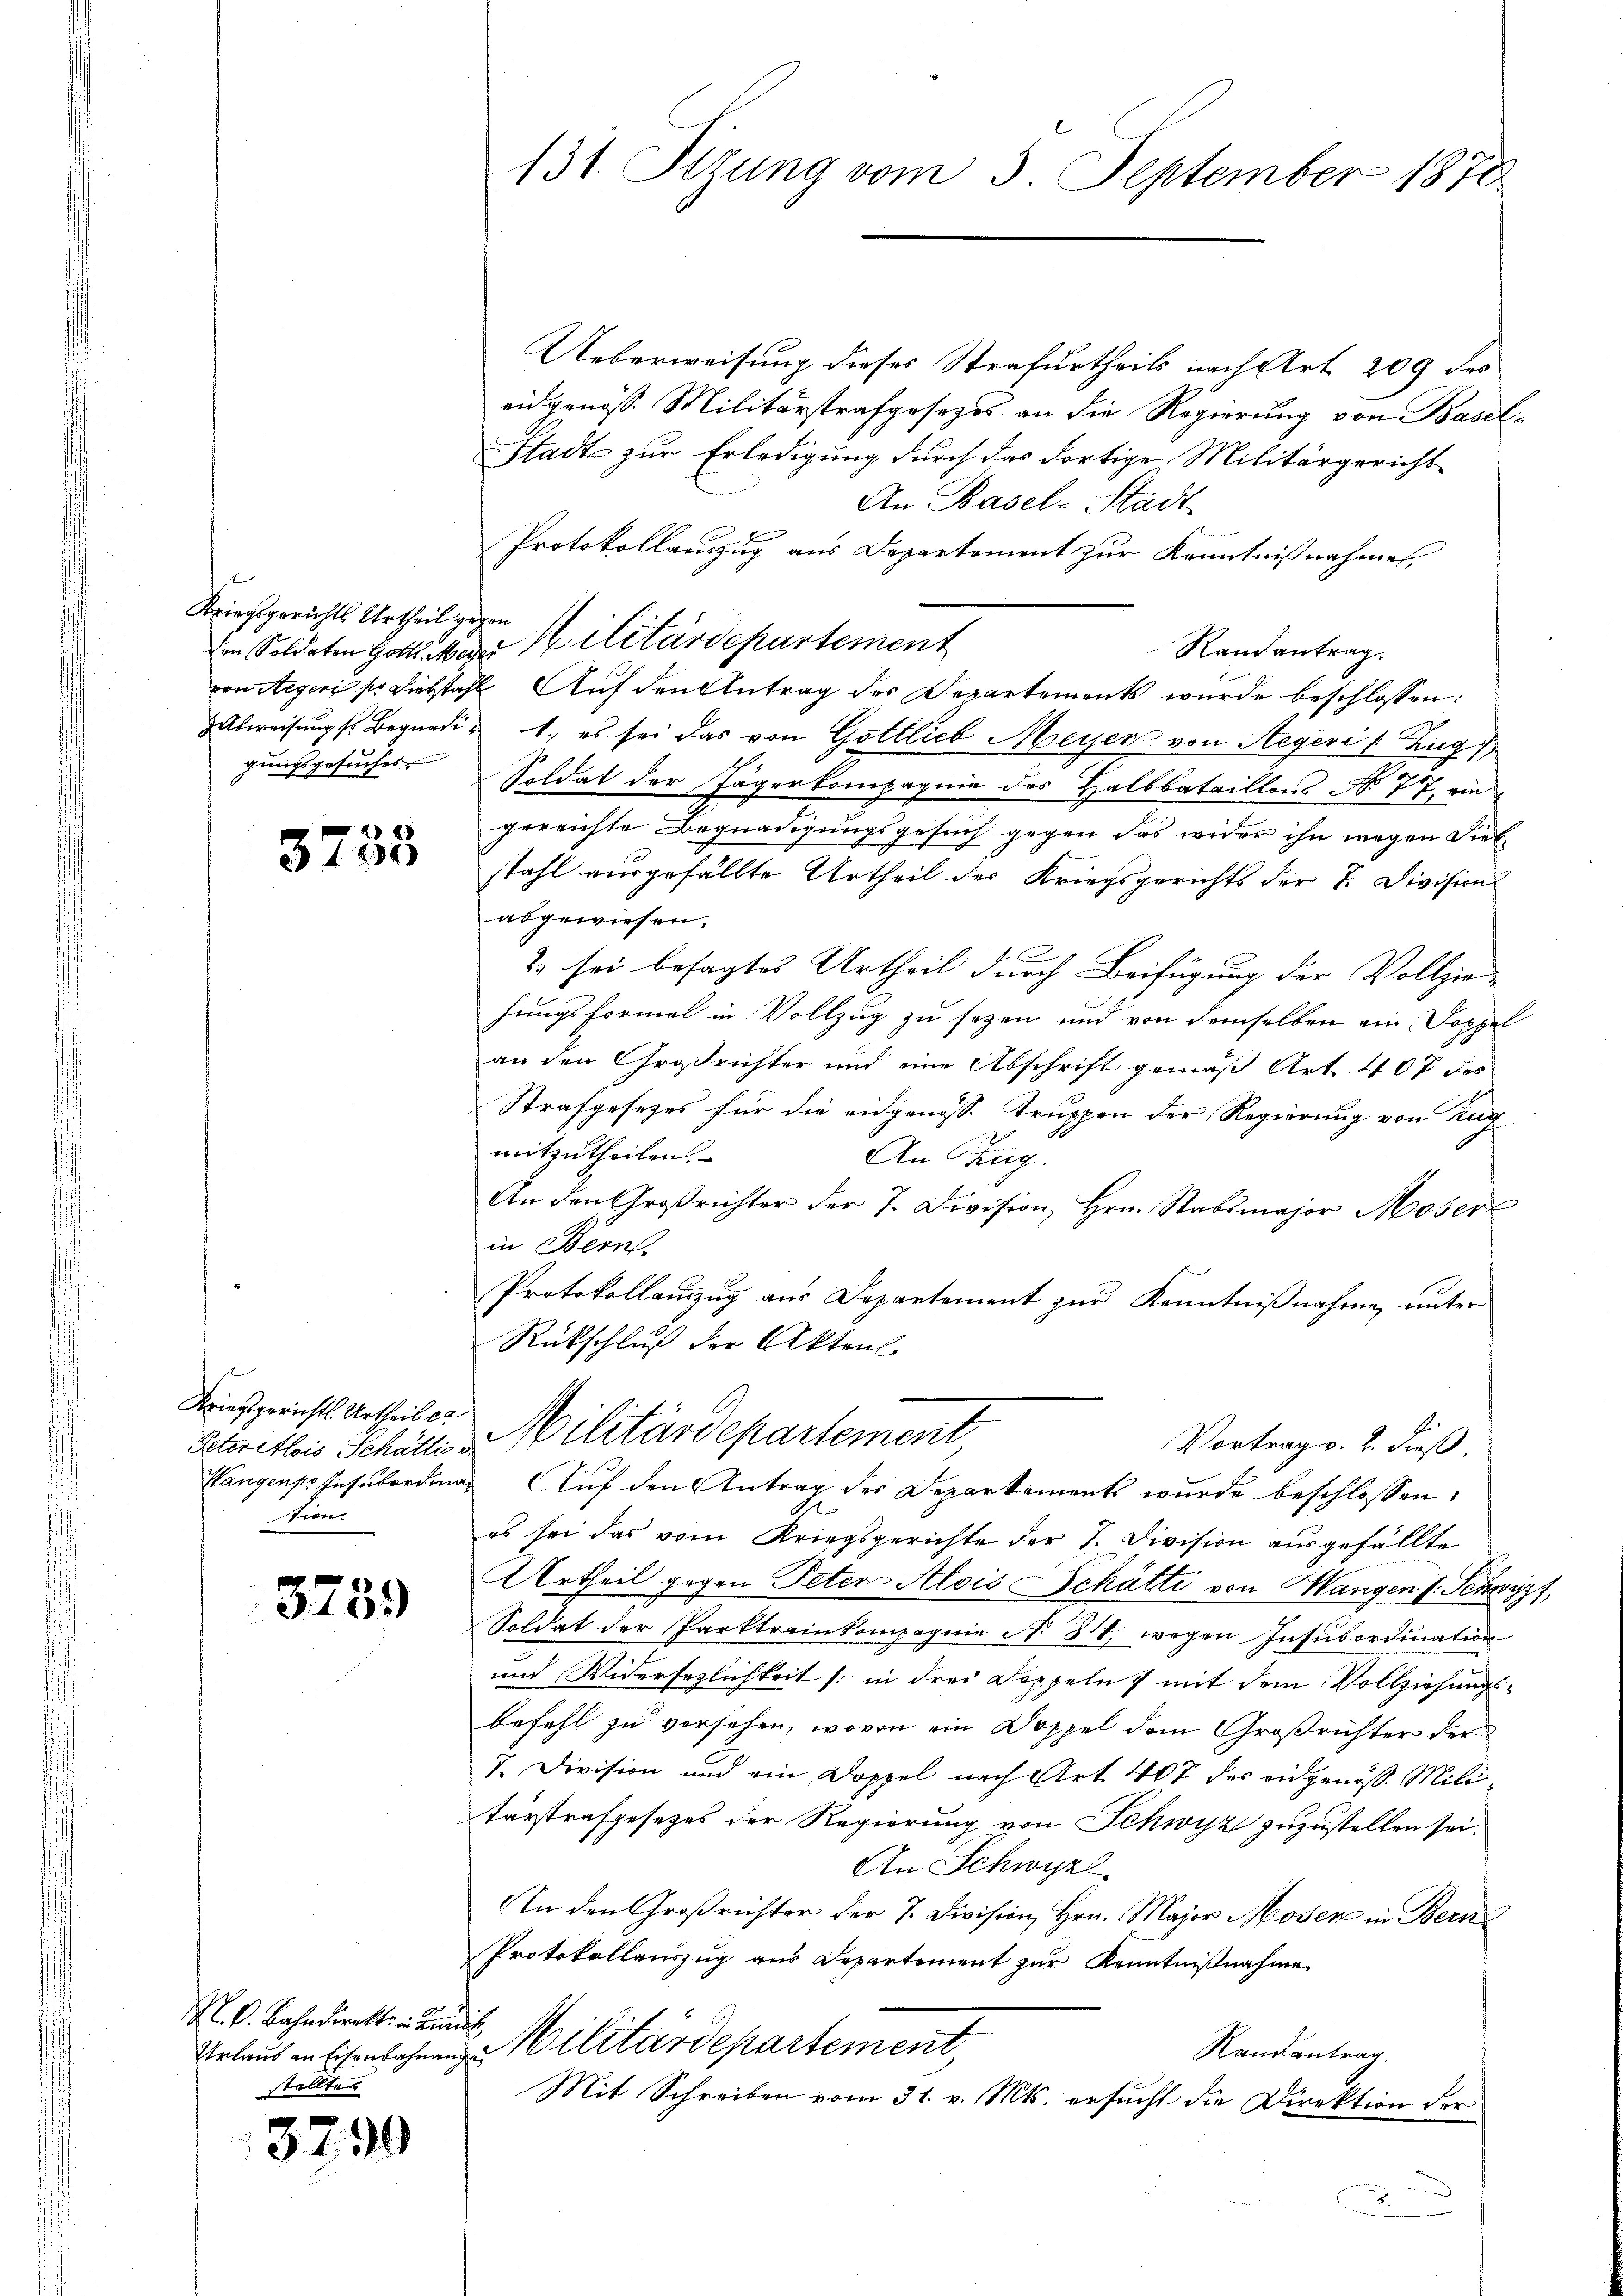
Kriegsgerichts Urtheil gegen
gungsgesuches

3759

32

3733

Peteritois Schattier
tion.

M. C. Bahndirekt in Kindet,
Urlaub an Eisenbahnange
stellten

2

131. Sitzung vom 3. September 1870

Ueberweisung dieses Strafurtheils nach Art. 209 des
eidgenöss. Militärstrafgesezes an die Regierung von Basel¬
Stadt zur Erledigung durch das dortige Militärgericht
An Basel-Stadt
Protokollauszug aus Departement zur Kenntnißnahmen,
Ien Soldaten Gottliker Militärdepartement
Randantrag.
von Aegeri sie Diebstahl Auf den Antrag der Departements wurde beschlossen:
abweisung s. Begnadie 1., es sei das von Gottlieb Meyer von Aegeri / Zug
Soldat der Jägerkompagnie des Halbbataillons No 77, ein
gerrichte Begnadigungsgesuch gegen das wider ihn wegen Siel-
stahl ausgefällte Urtheil des Kriegsgerichts der T. Division
abgewiesen.
2) sei besagtes Urtheil durch Beifügung der Vollziefungsformel in Vollzug zu sezen und von demselben ein Doppel
an den Großrichter und eine Abschrift gemäß Art. 407 des
Strafgesezes für die eidgenöss. Truppen der Regierung von Zug
mitzutheilen.
An Zug.
An den Großrichter der 7. Division, Hrn. Stabsmajor Moser
in Bern,
Protokollauszug aus Departement zur Kenntnißnahme, unter
Rückschluß der Aktenl
Linsgerichtsurtheilen Militärdepartement,
Vortrag v. 2. dieß.
Hangense Insubordings Auf den Antrag des Departements wurde beschlossen:
es sei das vom Kriegsgerichte der I. Division ausgefällte
Urtheil gegen Peter Alois Schatti von Hangen f. Schwyzt,
Soldat der Parktreinkompagnie N. 84, wegen Insubordination
und Widersezlichkeit (: in drei Doppeln & mit dem Vollziehungsbefehl zu versehen, wovon ein Doppel dem Großrichter der
7. Division und ein Doppel nach Art. 407 der angenoss. Mitt
tärstrafgesetzes der Regierung von Schwyz zuzustellen sei.
An Schwyzl
An den Großrichter der 7. Division, Hrn. Major Moser in Bern
Protokollauszug aus Departement zur Kenntnißnahme
Militärdepartement
Randantrag.
Mit Schreiben vom 31. v. Mts. ersucht die Direktion der

.